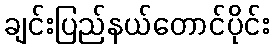
ချင်းပြည်နယ်တောင်ပိုင်း